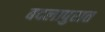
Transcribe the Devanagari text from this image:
बदलापुरात